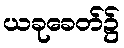
ယခုခေတ်၌